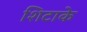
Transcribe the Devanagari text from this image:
शिटाके